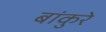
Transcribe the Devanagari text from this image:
बांकुरे